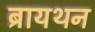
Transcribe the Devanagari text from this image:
ब्रायथन